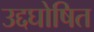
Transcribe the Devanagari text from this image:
उद्दघोषित